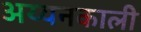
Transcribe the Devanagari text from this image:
अय्यनकाली